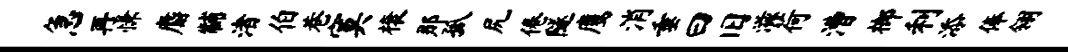
急再慊麝黼渚伯巷寞榱那孤尻倦隧鹰消垂曰旧滋荷漕榔利添俸翎